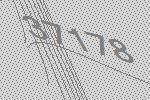
37178